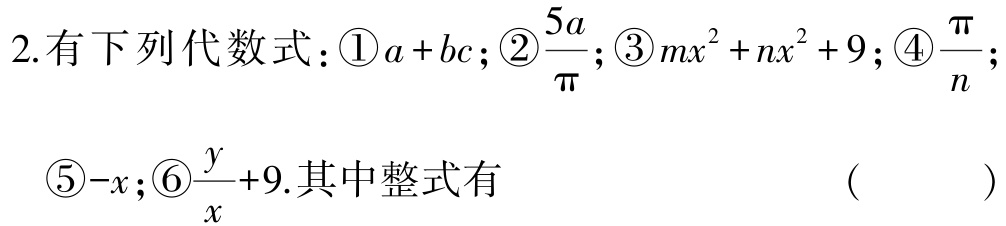
2.有下列代数式：\textcircled{1}\(a + bc\)；\textcircled{2}\(\dfrac{5a}{\pi}\)；\textcircled{3}\(mx^{2}+nx^{2}+9\)；\textcircled{4}\(\dfrac{\pi}{n}\)；\textcircled{5}\(-x\)；\textcircled{6}\(\dfrac{y}{x}+9\).其中整式有  （  ）